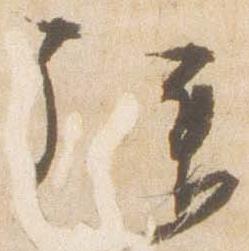
拝